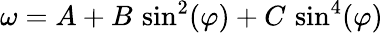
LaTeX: \omega=A+B\, \sin^{2}(\varphi)+C\, \sin^{4}(\varphi)